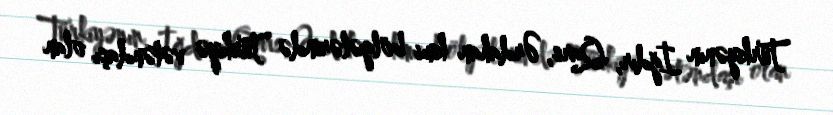
Türkiyənın İğdır, Qars, Ərdahan kimi bölgələrində Türkiyə vətəndaşı olan